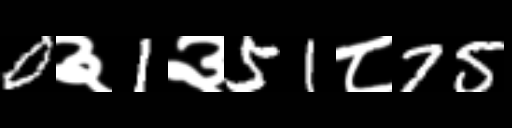
Text: 0३1३51८75